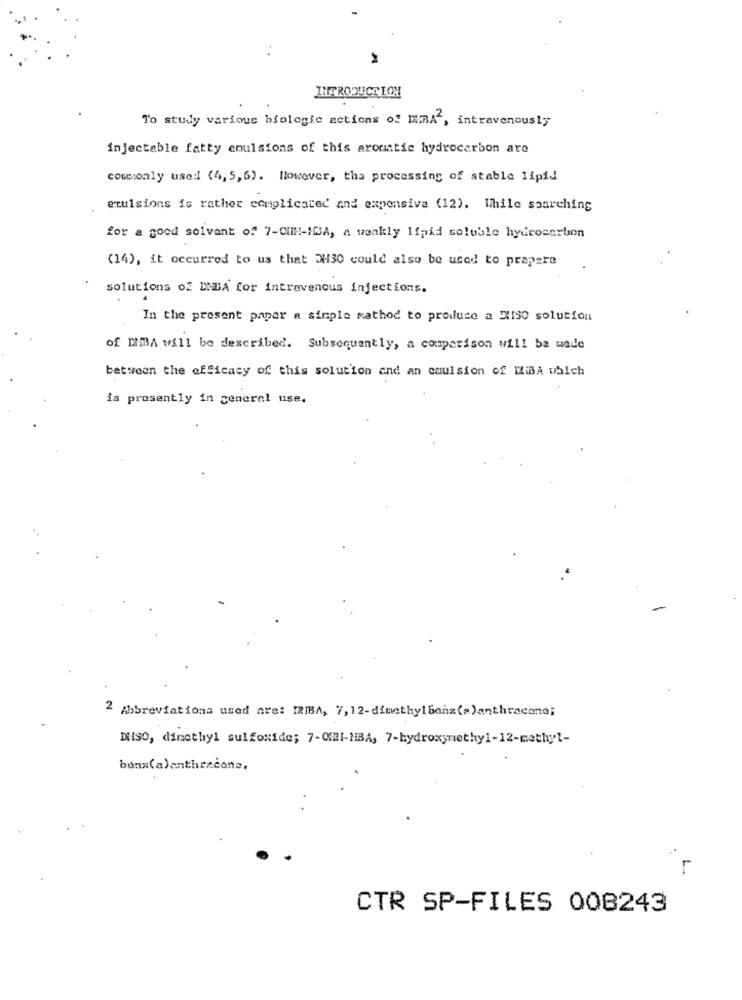
INTRODUCE ION
To study various biologie actions of DUMA , intravenously
injectable fatty emulsions of this aromatic hydrocarbon are
commonly used (4,5,6). However, tha processing of stable lipid
emulsions is rather complicated and expensive (12). While searching
for a good solvant of 7-Oil !!- MBA, a weakly lipid soluble hydroserbon
(14), it occurred to us that DH30 could also be used to prapere
solutions of DMBA for intravenous injections.
In the present paper a simple mathod to produce a EliSo solution
of DIBA will be described. Subsequently, a comparison will be made
between the efficacy of this solution and an coulsion of MiBA which
is presently in general use.
2 Abbreviations used are: IRIBA, 7, 12-dimethylbenz (=)anthracone;
DiSO, dinethyl sulfoxide; 7-QUI-HBA, 7-hydroxymethyl-12-methyl-
bonx(a)anthracone,
CTR SP-FILES 008243